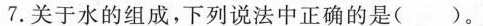
7. 关于水的组成，下列说法中正确的是( )。